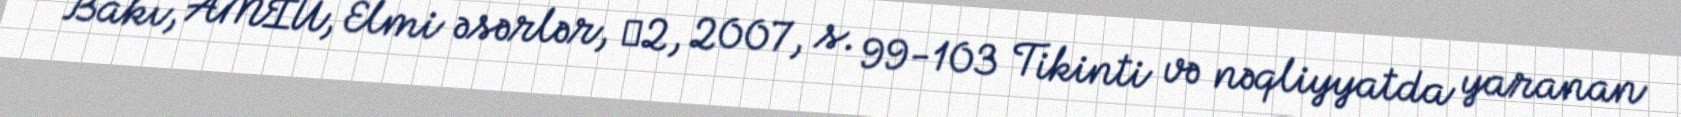
Bakı, AMIU, Elmi əsərlər, №2, 2007, s. 99-103 Tikinti və nəqliyyatda yaranan